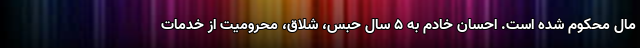
مال محکوم شده است. احسان خادم به ۵ سال حبس، شلاق، محرومیت از خدمات